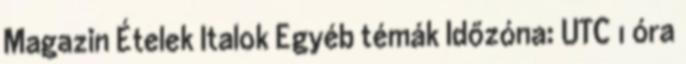
Magazin Ételek Italok Egyéb témák Időzóna: UTC 1 óra